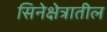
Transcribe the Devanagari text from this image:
सिनेक्षेत्रातील